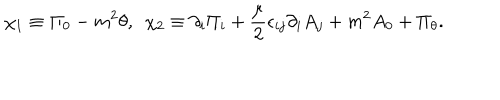
\chi _ { 1 } \equiv \Pi _ { 0 } - m ^ { 2 } \theta , ~ ~ \chi _ { 2 } \equiv \partial _ { i } \Pi _ { i } + { \frac { \mu } { 2 } } \epsilon _ { i j } \partial _ { i } A _ { j } + m ^ { 2 } A _ { 0 } + \Pi _ { \theta } .